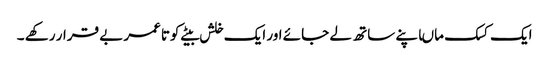
ایک کسک ماںاپنے ساتھ لے جائے اور ایک خلش بیٹے کوتاعمر بے قرار رکھے ۔